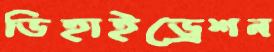
ডিহাইড্রেশন